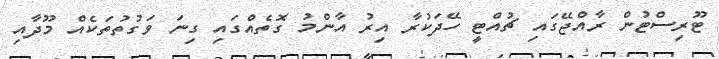
ޓޫރިސްޓުން ރާއްޖޭގައި ޗުއްޓީ ހޭދަކުރާ އިރު އާންމު ގޮތެއްގައި ގިނަ ވަގުތުތަކެއް މޫދާއި